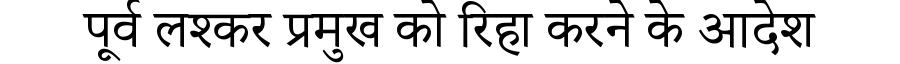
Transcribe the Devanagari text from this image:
पूर्व लश्कर प्रमुख को रिहा करने के आदेश